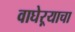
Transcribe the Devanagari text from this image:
वाघेऱ्याचा